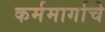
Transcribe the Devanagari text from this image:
कर्ममार्गाचे